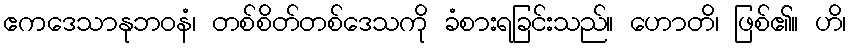
ဧကဒေသာနုဘဝနံ၊ တစ်စိတ်တစ်ဒေသကို ခံစားရခြင်းသည်။ ဟောတိ၊ ဖြစ်၏။ ဟိ၊